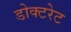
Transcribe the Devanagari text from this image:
डोक्टरेट